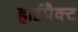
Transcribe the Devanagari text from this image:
हार्डपैक्ट